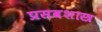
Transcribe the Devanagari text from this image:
प्रसवशास्त्र